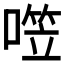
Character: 𰈤